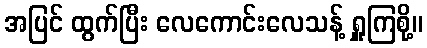
အပြင် ထွက်ပြီး လေကောင်းလေသန့် ရှူကြစို့။